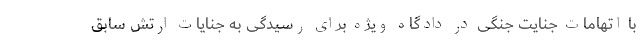
با اتهامات جنایت جنگی در دادگاه ویژه برای رسیدگی به جنایات ارتش سابق